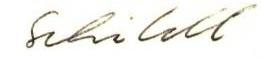
Schildt